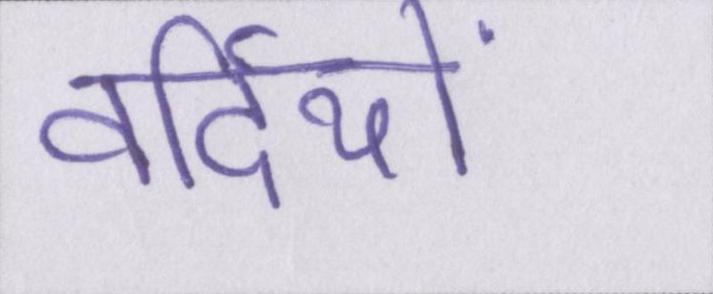
वर्दियों